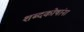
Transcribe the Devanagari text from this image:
शब्दकोषांना